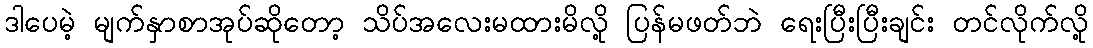
ဒါပေမဲ့ မျက်နှာစာအုပ်ဆိုတော့ သိပ်အလေးမထားမိလို့ ပြန်မဖတ်ဘဲ ရေးပြီးပြီးချင်း တင်လိုက်လို့